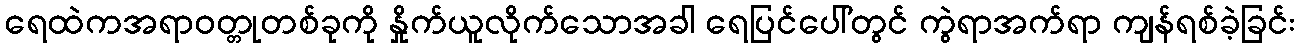
ရေထဲကအရာဝတ္တုတစ်ခုကို နှိုက်ယူလိုက်သောအခါ ရေပြင်ပေါ်တွင် ကွဲရာအက်ရာ ကျန်ရစ်ခဲ့ခြင်း